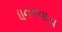
ધનકવાડા